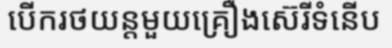
បើករថយន្តមួយគ្រឿងស៊េរីទំនើប